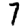
Digit: 7